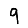
Digit: 9